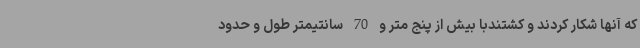
که آنها شکار کردند و کشتندبا بیش از پنج متر و 70 سانتیمتر طول و حدود